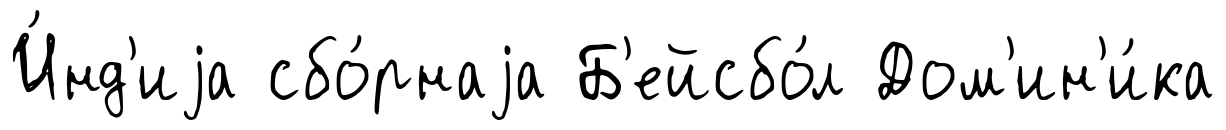
И́нд'иjа сбо́рнаjа Б'ейсбо́л Дом'ин'и́ка